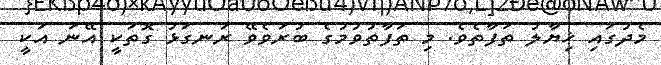
މެދުގައި ޚިޔާލު ތަފާތެވެ. މި ތަފާތުވުމުގެ ބުރަވެވޭ ރަނގަޅު ގޮތަކީ އޭނަ އަކީ